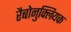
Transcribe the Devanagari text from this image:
रैबोनुक्लियक